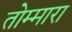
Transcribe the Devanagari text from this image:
तोम्मारा